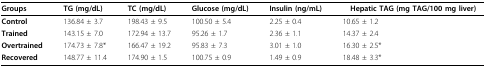
| Groups | TG (mg/dL) | TC (mg/dL) | Glucose (mg/dL) | Insulin (ng/mL) | Hepatic TAG (mg TAG/100 mg liver) |
 | --- | --- | --- | --- | --- | --- |
 | Control | 136.84 ± 3.7 | 198.43 ± 9.5 | 100.50 ± 5.4 | 2.25 ± 0.4 | 10.65 ± 1.2 |
 | Trained | 143.15 ± 7.0 | 172.94 ± 13.7 | 95.26 ± 1.7 | 2.36 ± 1.1 | 14.37 ± 2.4 |
 | Overtrained | 174.73 ± 7.8* | 166.47 ± 19.2 | 95.83 ± 7.3 | 3.01 ± 1.0 | 16.30 ± 2.5* |
 | Recovered | 148.77 ± 11.4 | 174.90 ± 1.5 | 100.75 ± 0.9 | 1.49 ± 0.9 | 18.48 ± 3.3* |